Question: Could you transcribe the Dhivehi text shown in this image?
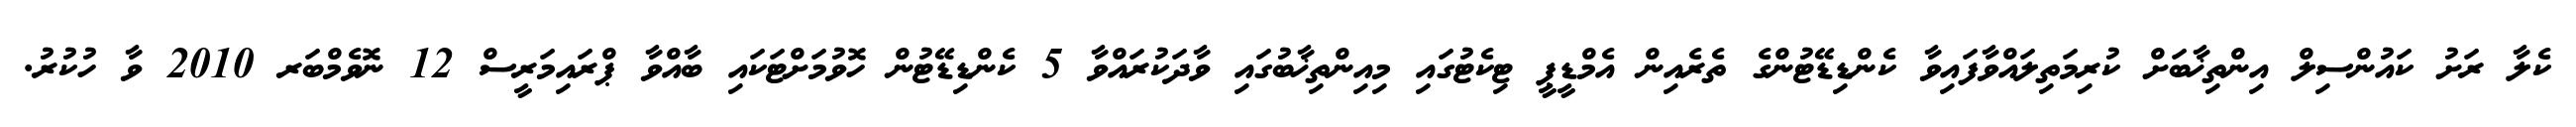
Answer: ކެލާ ރަށު ކައުންސިލް އިންތިޚާބަށް ކުރިމަތިލައްވާފައިވާ ކެންޑިޑޭޓުންގެ ތެރެއިން އެމްޑީޕީ ޓިކެޓުގައި މިއިންތިޚާބުގައި ވާދަކުރައްވާ 5 ކެންޑިޑޭޓުން ހޮވުމަށްޓަކައި ބާއްވާ ޕްރައިމަރީސް 12 ނޮވެމްބަރ 2010 ވާ ހުކުރު.